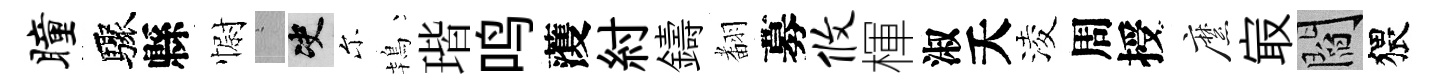
瞳驟縣𢠢搖决尓鴇瑎鸣𮑮紂鑄𮋒募攸楎淑夭淩周授縻㝡閻猥